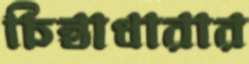
চিন্তাধারার